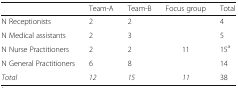
<table><thead><tr><td></td><td><b>Team-A</b></td><td><b>Team-B</b></td><td><b>Focus group</b></td><td><b>Total</b></td></tr></thead><tbody><tr><td>N Receptionists</td><td>2</td><td>2</td><td></td><td>4</td></tr><tr><td>N Medical assistants</td><td>2</td><td>3</td><td></td><td>5</td></tr><tr><td>N Nurse Practitioners</td><td>2</td><td>2</td><td>11</td><td>15<sup>a</sup></td></tr><tr><td>N General Practitioners</td><td>6</td><td>8</td><td></td><td>14</td></tr><tr><td><i>Total</i></td><td><i>12</i></td><td><i>15</i></td><td><i>11</i></td><td>38</td></tr></tbody></table>